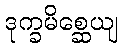
ဒုက္ခမိစ္ဆေယျ